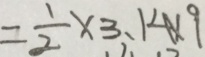
= \frac { 1 } { 2 } \times 3 . 1 4 \times 9